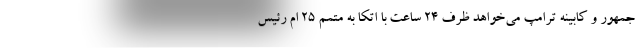
جمهور و کابینه ترامپ می‌خواهد ظرف 24 ساعت با اتکا به متمم 25 اُم رئیس